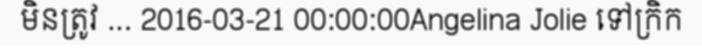
មិនត្រូវ ... 2016-03-21 00:00:00Angelina Jolie ទៅក្រិក